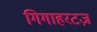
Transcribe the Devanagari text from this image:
गिगाहरटज़